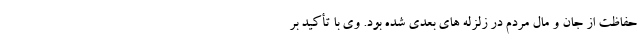
حفاظت از جان و مال مردم در زلزله های بعدی شده بود. وی با تأکید بر